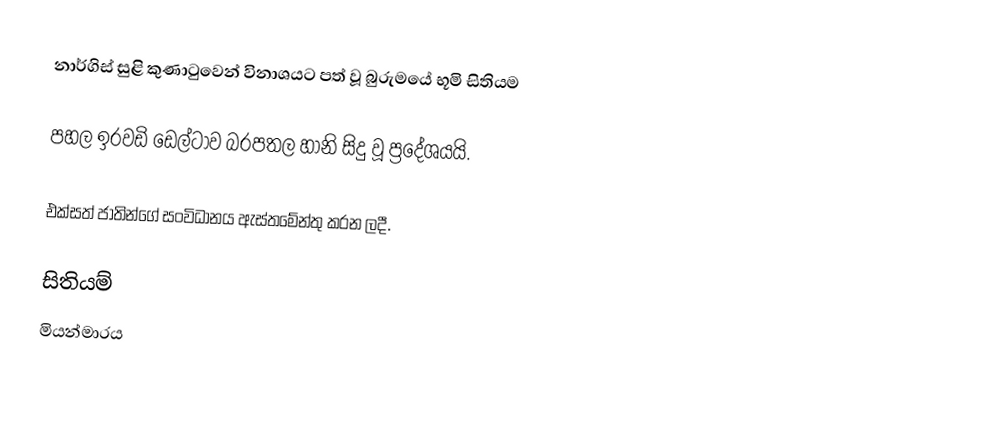
නාර්ගිස් සුළි කුණාටුවෙන් විනාශයට පත් වූ බුරුමයේ භූමි සිතියම

පහල ඉරවඩි ඩෙල්ටාව බරපතල හානි සිදු වූ ප්‍රදේශයයි.

එක්සත් ජාතින්ගේ සංවිධානය ඇස්තමේන්තු කරන ලදී.

සිතියම්
මියන්මාරය